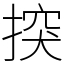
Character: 揬